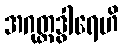
အဂုတ္တဒွါရေဟိ